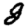
Digit: 8